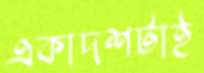
একাদশটাই